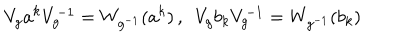
V _ { g } a ^ { k } V _ { g } ^ { - 1 } = W _ { g ^ { - 1 } } ( a ^ { k } ) \, , \enspace V _ { g } b _ { k } V _ { g } ^ { - 1 } = W _ { g ^ { - 1 } } ( b _ { k } )